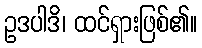
ဥဒပါဒိ၊ ထင်ရှားဖြစ်၏။